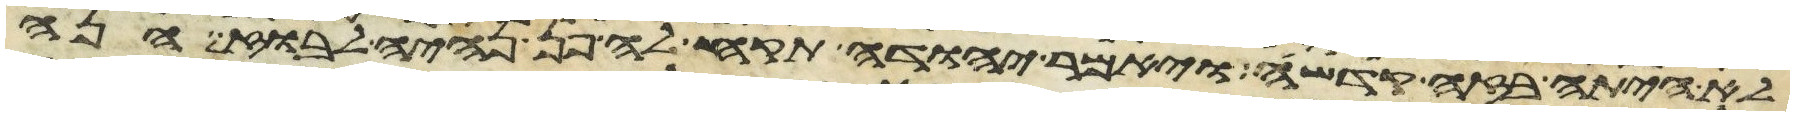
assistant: לא היתה בזה קדשה ויאמר יהודה תקח לה פן נהיה לבוז הנה